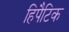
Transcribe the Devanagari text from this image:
हिपैटिक